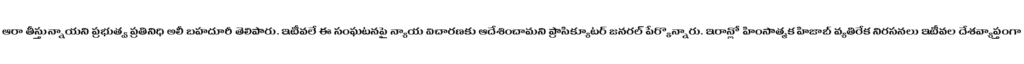
ఆరా తీస్తున్నాయని ప్రభుత్వ ప్రతినిధి అలీ బహదూరీ తెలిపారు. ఇటీవలే ఈ సంఘటనపై న్యాయ విచారణకు ఆదేశించామని ప్రాసిక్యూటర్ జనరల్ పేర్కొన్నారు. ఇరాన్లో హింసాత్మక హిజాబ్ వ్యతిరేక నిరసనలు ఇటీవల దేశవ్యాప్తంగా